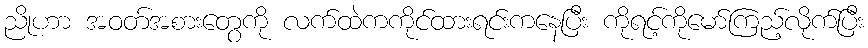
ညိုဟာ အဝတ်အစားတွေကို လက်ထဲကကိုင်ထားရင်းကနေပြီး ကိုရင့်ကိုမော်ကြည့်လိုက်ပြီး